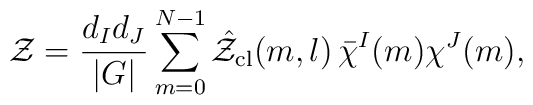
{\cal Z} = \frac{d_Id_J}{|G|}\sum_{m=0}^{N-1}\hat{\cal Z}_{\mathrm{cl}}(m,l)\thinspace\bar{\chi}^I(m)\chi^J(m),